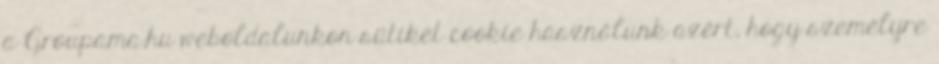
a Groupama.hu weboldalunkon sütiket cookie használunk azért, hogy személyre